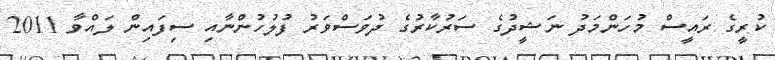
ކުރީގެ ރައީސް މުހަންމަދު ނަޝީދުގެ ސަރުކާރުގެ ދުވަސްވަރު ފުލުހުންނާއި ސިފައިން ލައްވާ 2011